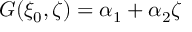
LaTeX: G ( \xi _ { 0 } , \zeta ) = \alpha _ { 1 } + \alpha _ { 2 } \zeta